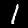
Digit: 1